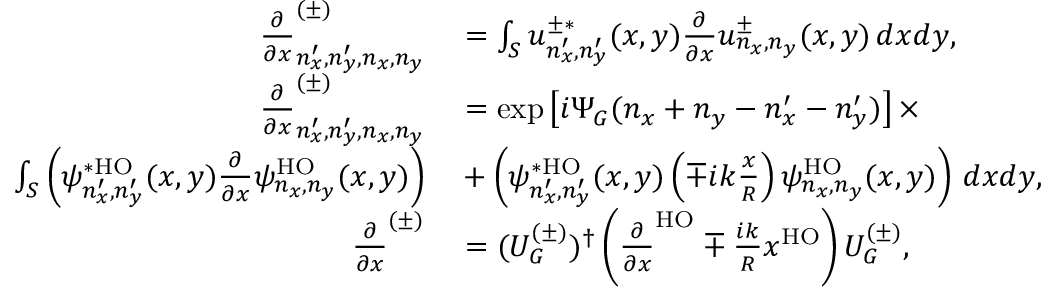
\begin{array} { r l } { \frac { \partial } { \partial x } _ { n _ { x } ^ { \prime } , n _ { y } ^ { \prime } , n _ { x } , n _ { y } } ^ { ( \pm ) } } & { { } = \int _ { S } u _ { n _ { x } ^ { \prime } , n _ { y } ^ { \prime } } ^ { \pm * } ( x , y ) \frac { \partial } { \partial x } u _ { n _ { x } , n _ { y } } ^ { \pm } ( x , y ) \, d x d y , } \\ { \frac { \partial } { \partial x } _ { n _ { x } ^ { \prime } , n _ { y } ^ { \prime } , n _ { x } , n _ { y } } ^ { ( \pm ) } } & { { } = \exp \left[ i \Psi _ { G } ( n _ { x } + n _ { y } - n _ { x } ^ { \prime } - n _ { y } ^ { \prime } ) \right] \times } \\ { \int _ { S } \left( \psi _ { n _ { x } ^ { \prime } , n _ { y } ^ { \prime } } ^ { * \mathrm { H O } } ( x , y ) \frac { \partial } { \partial x } \psi _ { n _ { x } , n _ { y } } ^ { \mathrm { H O } } ( x , y ) \right) } & { { } + \left( \psi _ { n _ { x } ^ { \prime } , n _ { y } ^ { \prime } } ^ { * \mathrm { H O } } ( x , y ) \left( \mp i k \frac { x } { R } \right) \psi _ { n _ { x } , n _ { y } } ^ { \mathrm { H O } } ( x , y ) \right) \, d x d y , } \\ { \frac { \partial } { \partial x } ^ { ( \pm ) } } & { { } = ( U _ { G } ^ { ( \pm ) } ) ^ { \dag } \left( \frac { \partial } { \partial x } ^ { \mathrm { H O } } \mp \frac { i k } { R } x ^ { \mathrm { H O } } \right) U _ { G } ^ { ( \pm ) } , } \end{array}